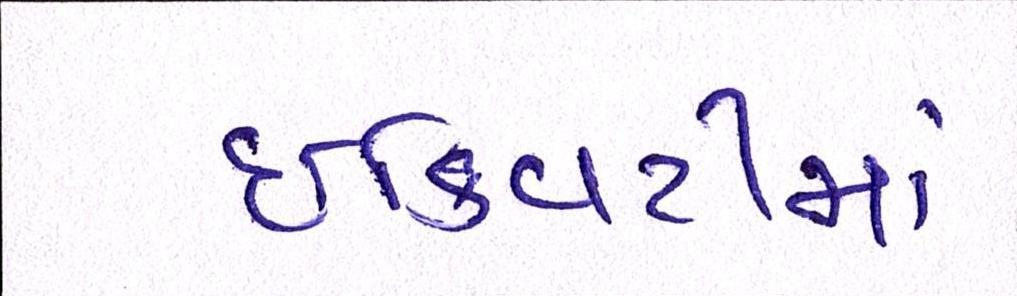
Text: ઇક્વિટીમાં